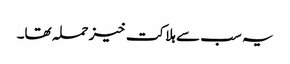
یہ سب سے ہلاکت خیز حملہ تھا۔